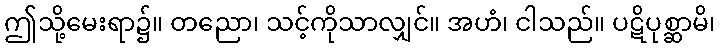
ဤသို့မေးရာ၌။ တညော၊ သင့်ကိုသာလျှင်။ အဟံ၊ ငါသည်။ ပဋိပုစ္ဆာမိ၊